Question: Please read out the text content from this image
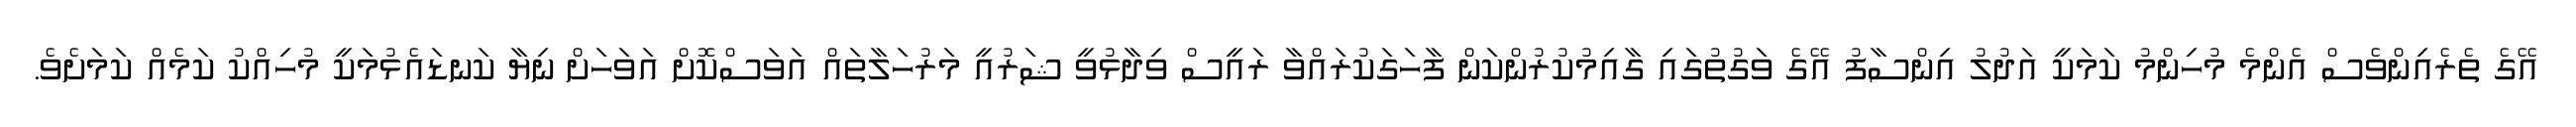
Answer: އޭގެ ތެރެއިންވެސް އެންމެ މުހިންމު ކަމަކީ އަދުލު އިންސާފު އޭގެ ވަގުތުގައި ގާއިމުކުރުންކަން ފާހަގަކުރައްވާ ރައީސް ވިދާޅުވީ ޝަރުއީ މަރުހަލާތައް އަވަސްކޮށް އަވަހަށް ނިޔާ ކަނޑައެޅުމަކީ މުހިއްކު ކަމެއް ކަމަށެވެ.